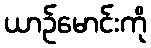
ယာဉ်မောင်းကို